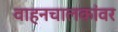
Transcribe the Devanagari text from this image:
वाहनचालकांवर